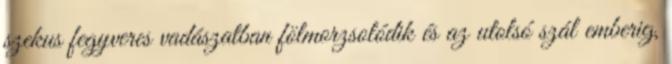
szekus fegyveres vadászatban fölmorzsolódik és az utolsó szál emberig,